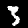
Digit: 3